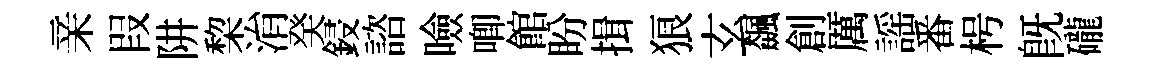
亲叚阱棃㳙癸鋟諮噞唧館盼揖狼玄飆創厲謡番枵既礲